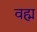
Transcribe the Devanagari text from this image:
वह्म